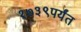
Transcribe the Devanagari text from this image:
१७३९पर्यंत